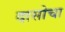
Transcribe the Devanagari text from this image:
दासोचा